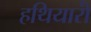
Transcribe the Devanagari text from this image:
हथियारो॑